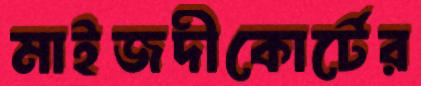
মাইজদীকোর্টের